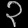
Digit: ၃